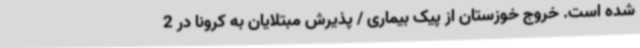
شده است. خروج خوزستان از پیک بیماری / پذیرش مبتلایان به کرونا در 2